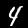
Label: 4